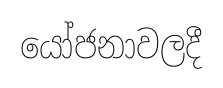
යෝජනාවලදී